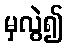
မှလွဲ၍